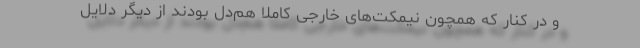
و در کنار که همچون نیمکت‌های خارجی کاملا هم‌دل بودند از دیگر دلایل